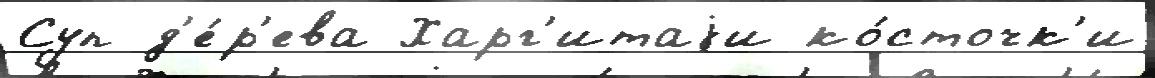
Суп д'е́р'ева Харг'итаjи ко́сточк'и